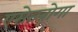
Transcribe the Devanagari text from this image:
एसेनबोगा